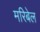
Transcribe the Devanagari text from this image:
मरिबेल